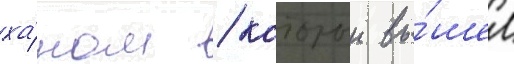
ха́ном / которыи вы́шел